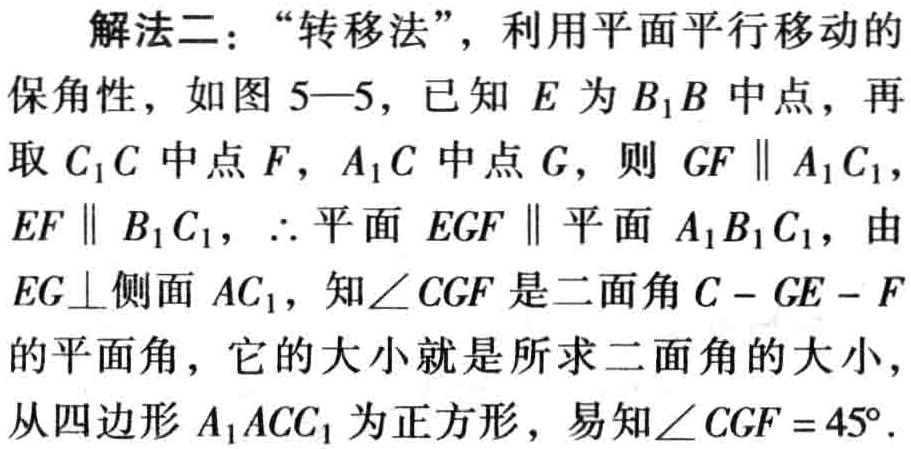
解法二：“转移法”，利用平面平行移动的

保角性，如图 5—5，已知 \(E\) 为 \(B_{1}B\) 中点，再

取 \(C_{1}C\) 中点 \(F\)，\(A_{1}C\) 中点 \(G\)，则 \(GF\parallel A_{1}C_{1}\)，

\(EF\parallel B_{1}C_{1}\)，\(\therefore\) 平面 \(EGF\parallel\) 平面 \(A_{1}B_{1}C_{1}\)，由

\(EG\perp\) 侧面 \(AC_{1}\)，知 \(\angle CGF\) 是二面角 \(C - GE - F\)

的平面角，它的大小就是所求二面角的大小，

从四边形 \(A_{1}ACC_{1}\) 为正方形，易知 \(\angle CGF = 45^{\circ}\).